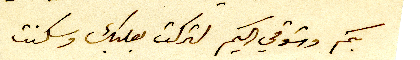
بكم وشوقي اليكم لتركت بعلبك وسكنت